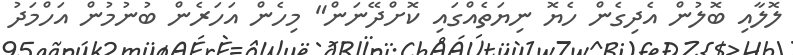
ލޮލާއި ބޮލުން އެދިގެން ހެޔޮ ނިޔަތެއްގައި ކޮށްދޭނަން" މިހެން އަހަރެން ބުނުމުން އަހްމަދު